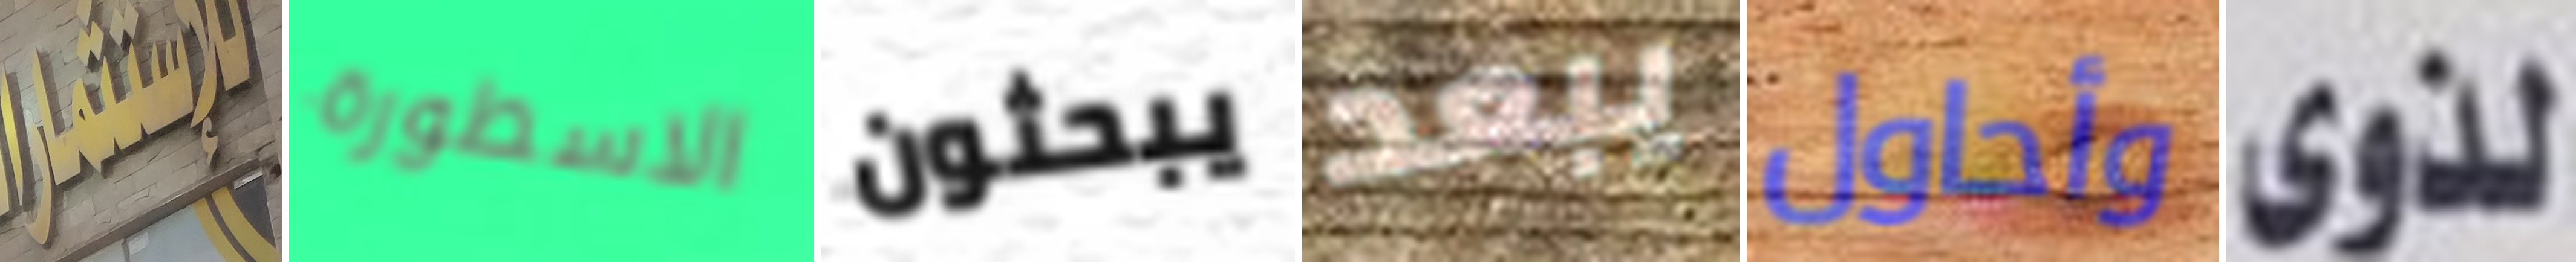
للإستثمار الاسطورة يبحثون يبعد وأحاول لذوى